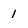
Character: 1